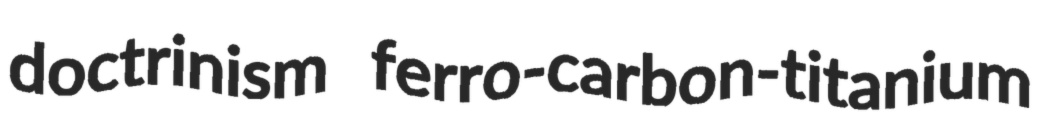
doctrinism ferro-carbon-titanium